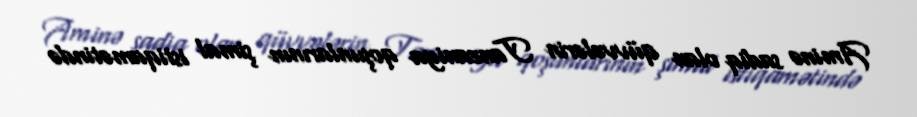
Aminə sadiq olan qüvvələrin Tanzaniya qoşunlarının şimal istiqamətində